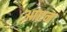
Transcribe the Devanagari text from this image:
आप्टन